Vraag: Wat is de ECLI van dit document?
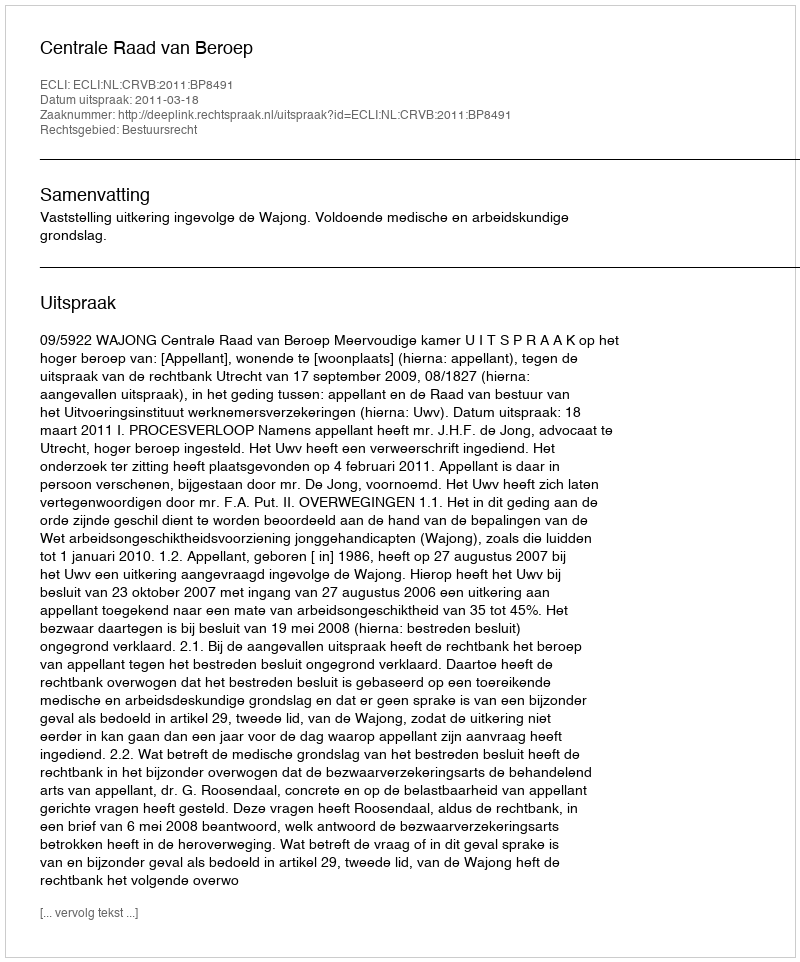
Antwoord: ECLI:NL:CRVB:2011:BP8491